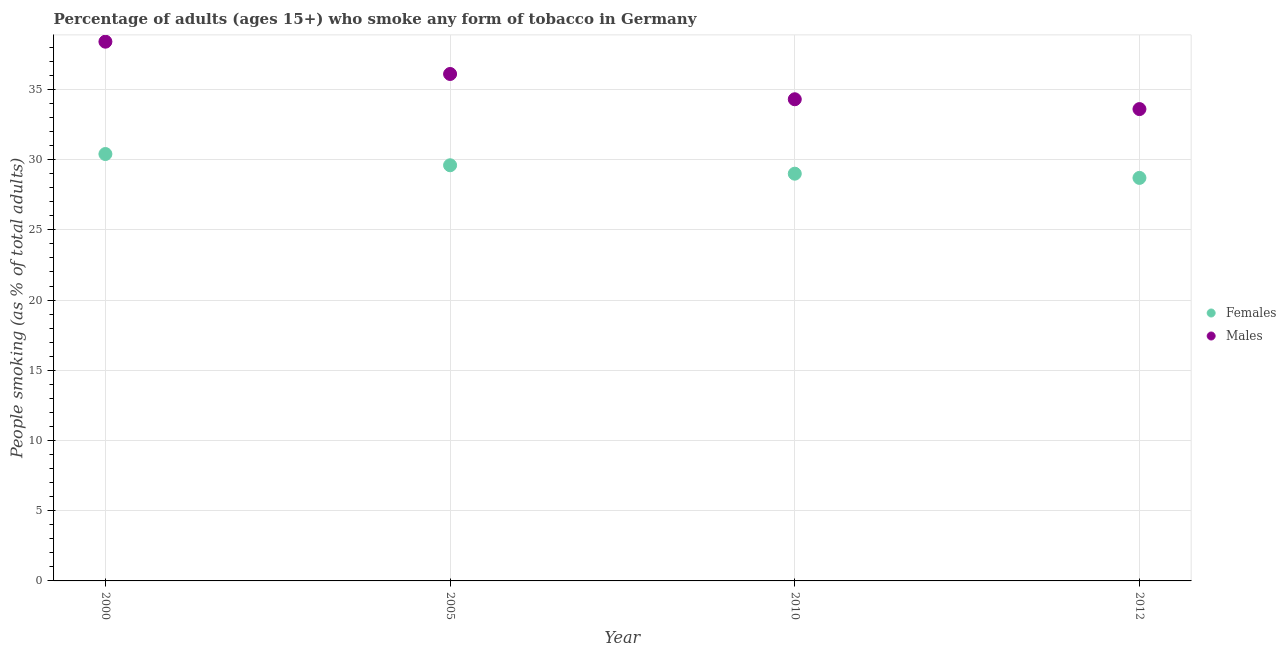
| Year | Females | Males |
 | --- | --- | --- |
 | 2000 | 30.4 | 38.4 |
 | 2005 | 29.6 | 36.1 |
 | 2010 | 29 | 34.3 |
 | 2012 | 28.7 | 33.6 |